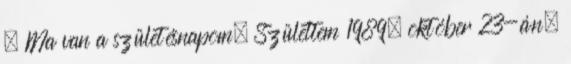
. Ma van a születésnapom. Születtem 1989. október 23-án.